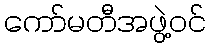
ကော်မတီအဖွဲ့ဝင်